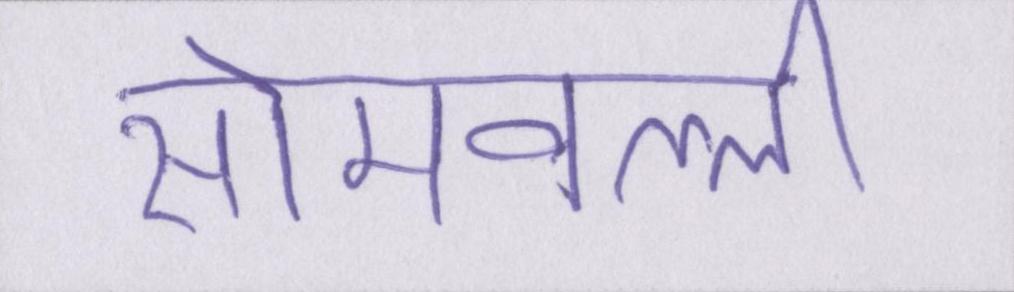
सोमवल्ली